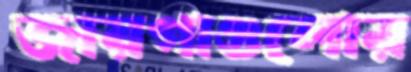
জায়গাগুলোর